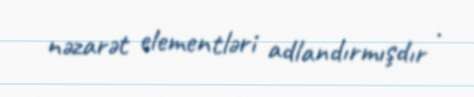
nəzarət elementləri adlandırmışdır .